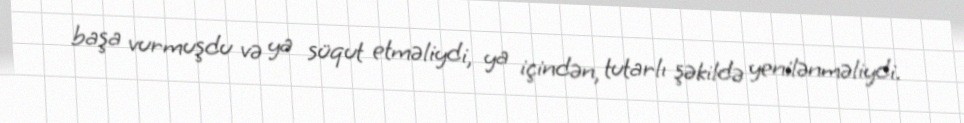
başa vurmuşdu və ya süqut etməliydi, ya içindən, tutarlı şəkildə yenilənməliydi.